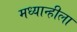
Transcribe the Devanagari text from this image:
मध्यान्हीला